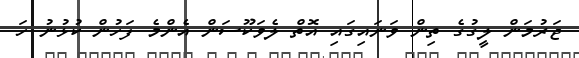
ޖަރުމަން ލީގުގެ ތިން ވަނައިގައި އޮތް ލެވަކޫސަން އެންމެ ފަހުން ކުޅުނު ހަ